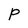
Character: P